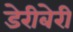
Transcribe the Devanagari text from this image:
डेरीबेरी